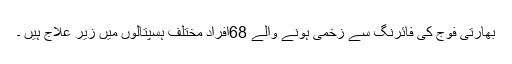
بھارتی فوج کی فائرنگ سے زخمی ہونے والے 68افراد مختلف ہسپتالوں میں زیر علاج ہیں ۔